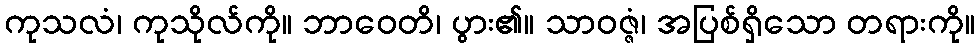
ကုသလံ၊ ကုသိုလ်ကို။ ဘာဝေတိ၊ ပွား၏။ သာဝဇ္ဇံ၊ အပြစ်ရှိသော တရားကို။